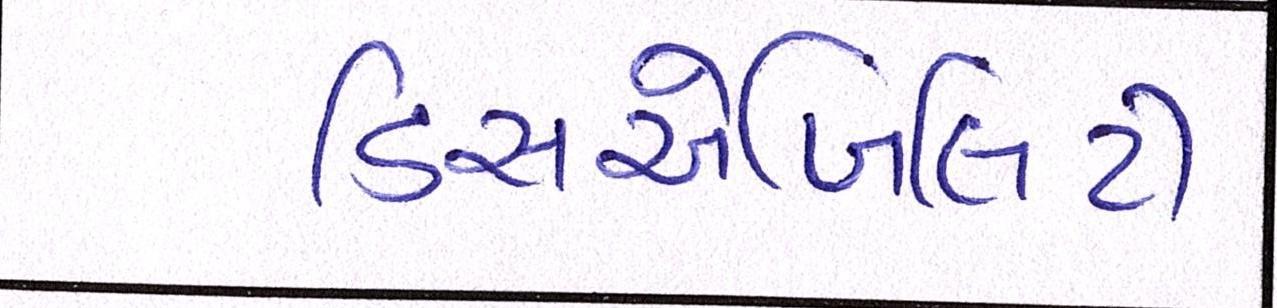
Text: ડિસએબિલિટી